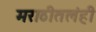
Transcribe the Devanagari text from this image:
मराठीतलंही